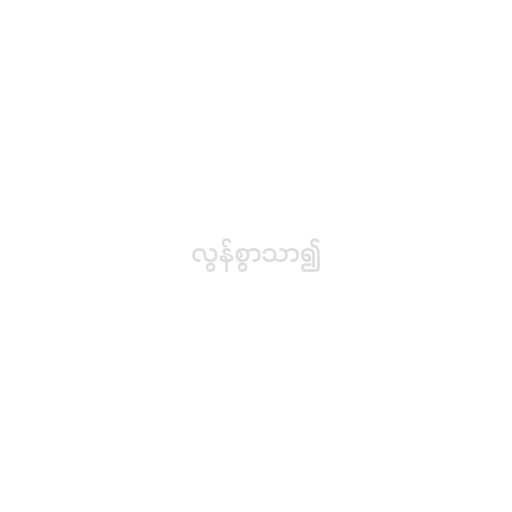
လွန်စွာသာ၍